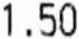
1.50